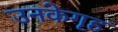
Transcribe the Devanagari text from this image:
उनकेगृह